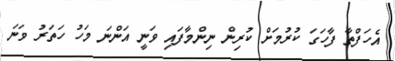
އެހަފްތާ ފާހަގަ ކުރުމަށް ކުރިން ނިންމާފައި ވަނީ އަންނަ މަހު ހަތަރު ވަނަ